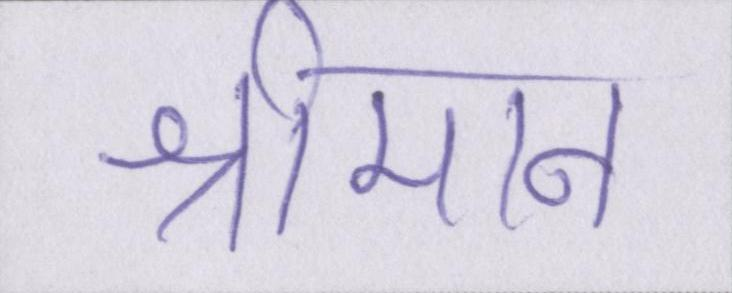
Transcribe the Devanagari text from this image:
श्रीमान